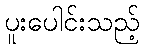
ပူးပေါင်းသည့်